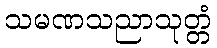
သမဏသညာသုတ္တံ